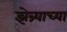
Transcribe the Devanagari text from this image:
झेब्र्याच्या